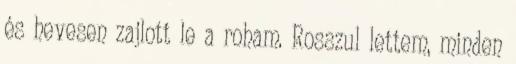
és hevesen zajlott le a roham. Rosszul lettem, minden